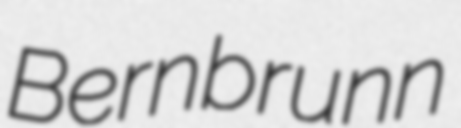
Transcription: Bernbrunn